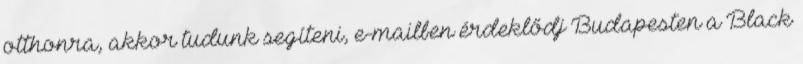
otthonra, akkor tudunk segíteni, e-mailben érdeklődj Budapesten a Black